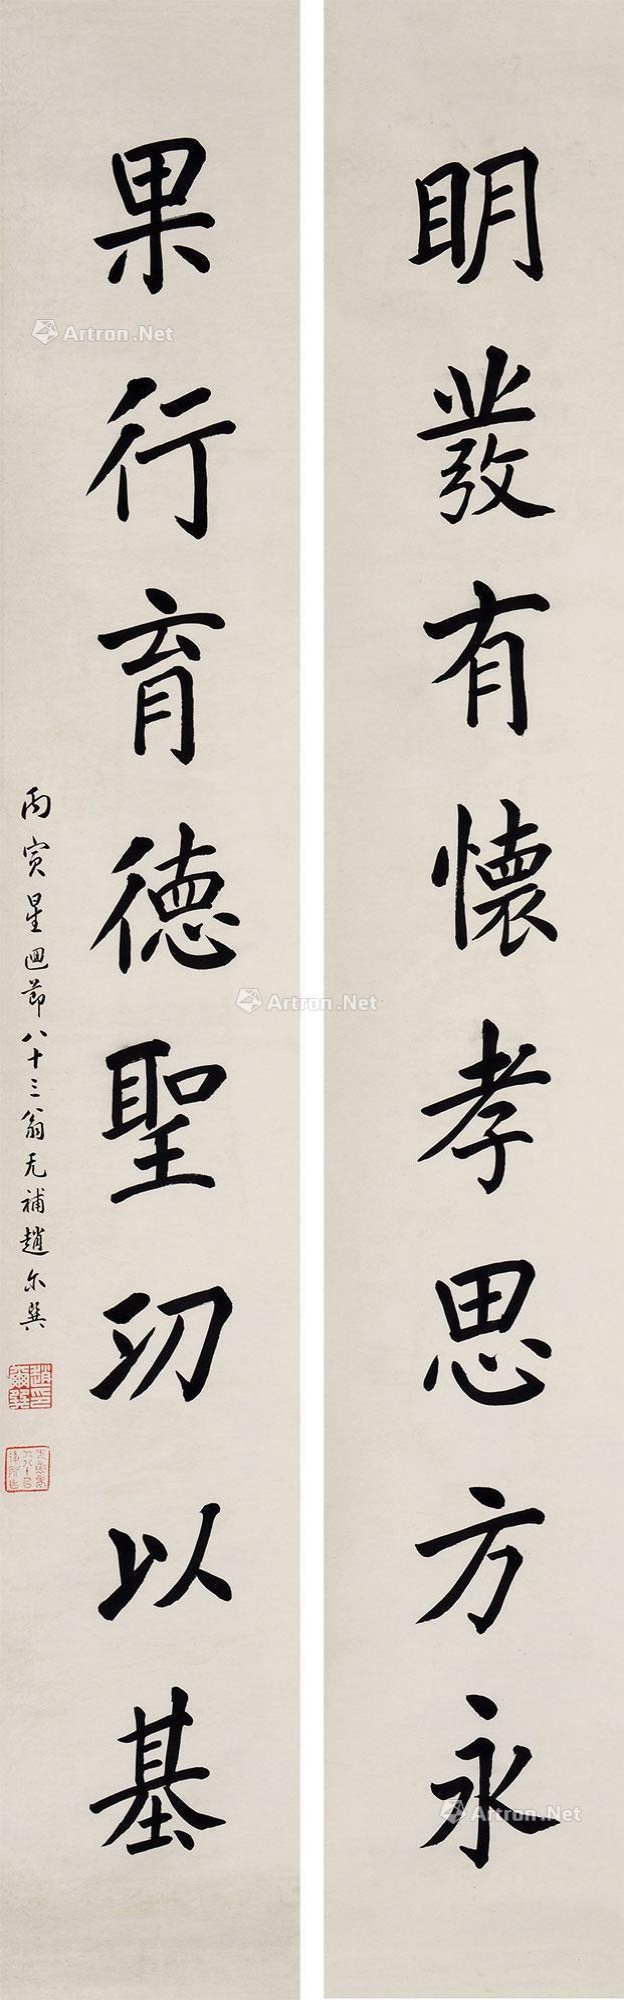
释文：明发有怀孝思方永，果行育德圣汈以基。丙寅星回节八十三翁无补赵尔巽。